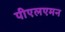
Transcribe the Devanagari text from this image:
पीएलएमन